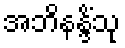
အဘိနန္ဒိံသု